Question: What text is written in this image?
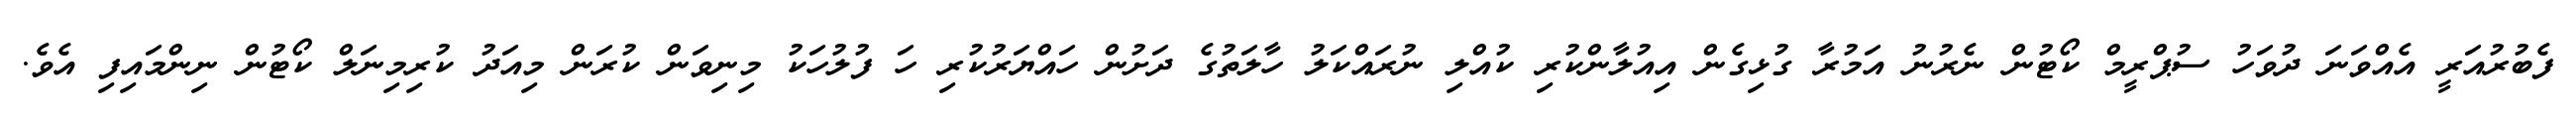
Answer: ފެބުރުއަރީ އެއްވަނަ ދުވަހު ސުޕްރީމް ކޯޓުން ނެރުނު އަމުރާ ގުޅިގެން އިއުލާންކުރި ކުއްލި ނުރައްކަލު ހާލަތުގެ ދަށުން ހައްޔަރުކުރި ހަ ފުލުހަކު މިނިވަން ކުރަން މިއަދު ކުރިމިނަލް ކޯޓުން ނިންމައިފި އެވެ.